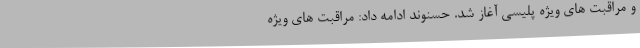
و مراقبت های ویژه پلیسی آغاز شد. حسنوند ادامه داد: مراقبت های ویژه